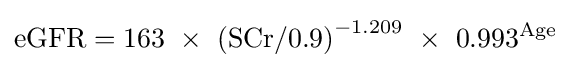
\mathrm {eGFR} =163\ \times \ \mathrm {(SCr/0.9)} ^{-1.209}\ \times \ 0.993^{\text{Age}}\